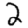
Digit: 2